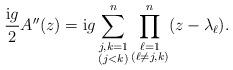
LaTeX: \begin{gather*}\frac{\mathrm{i} g}{2}A''(z)=\mathrm{i} g\sum_{\substack{j,k=1\\ (j<k)}}^n\prod_{\substack{\ell=1\\(\ell\neq j,k)}}^n(z-\lambda_\ell).\end{gather*}